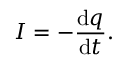
I = - { \frac { \mathrm { d } q } { \mathrm { d } t } } .